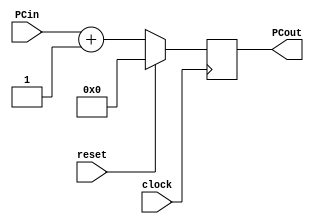

module PC(clock, reset, PCin, PCout);

	input clock, reset;
	input [31:0] PCin;
	
	output reg [31:0] PCout;
	
	always @(posedge clock) begin
		if (reset == 1) 
			PCout <= 0;
		else 
			PCout <= PCin + 1; 
	end
endmodule